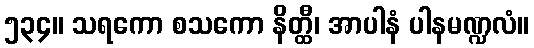
၅၃၄။ သရကော စသကော နိတ္ထီ၊ အာပါနံ ပါနမဏ္ဍလံ။